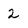
Character: 2